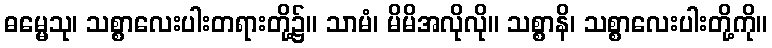
ဓမ္မေသု၊ သစ္စာလေးပါးတရားတို့၌။ သာမံ၊ မိမိအလိုလို။ သစ္စာနိ၊ သစ္စာလေးပါးတို့ကို။